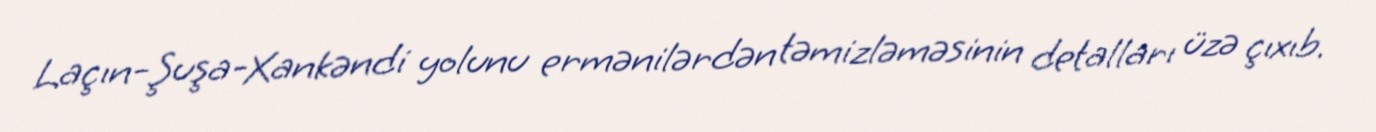
Laçın-Şuşa-Xankəndi yolunu ermənilərdən təmizləməsinin detalları üzə çıxıb.